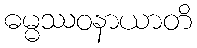
ဓမ္မဿဝနာယာတိ